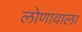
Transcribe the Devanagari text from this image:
लोणावाला